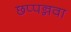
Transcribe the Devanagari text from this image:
छप्पन्नवा